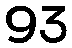
93